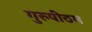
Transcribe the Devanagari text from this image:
गुरुपीठम